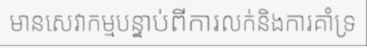
មានសេវាកម្មបន្ទាប់ពីការលក់និងការគាំទ្រ